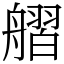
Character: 䒁